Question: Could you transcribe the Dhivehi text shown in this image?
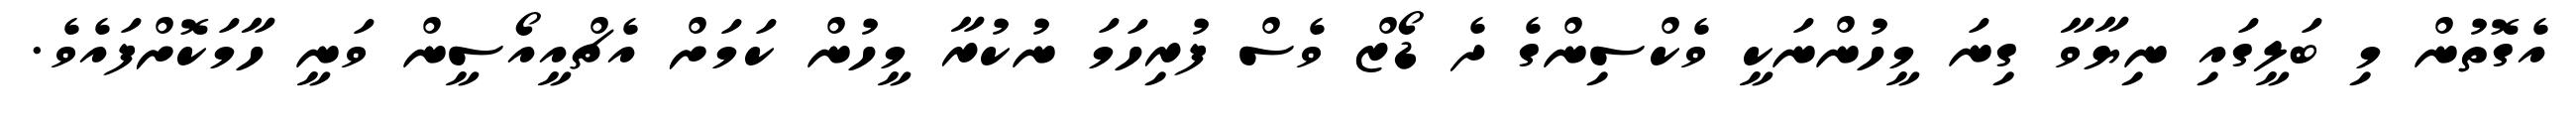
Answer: އެގޮތުން މި ބަލީގައި ނިޔާވާ ގިނަ މީހުންނަކީ ވެކްސިންގެ ދެ ޑޯޒް ވެސް ފުރިހަމަ ނުކުރާ މީހުން ކަމަށް އެޗްއީއޯސީން ވަނީ ހާމަކޮށްފައެވެ.